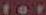
for